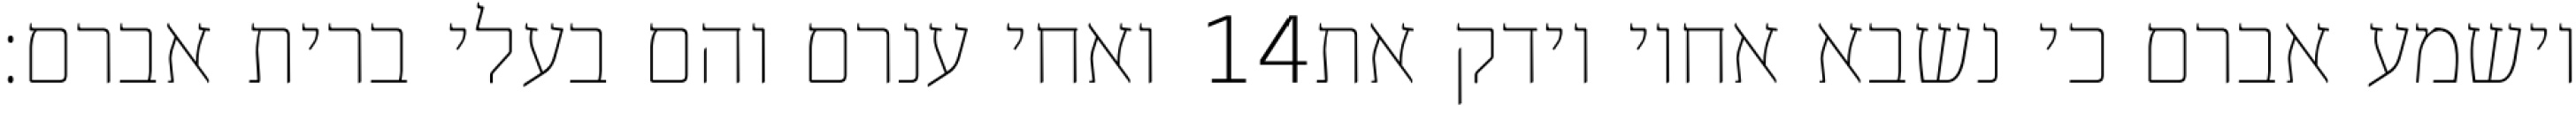
ואחי ענרם והם בעלי ברית אברם׃ ‎14‏ וישמע אברם כי נשבא אחיו וידק את